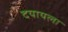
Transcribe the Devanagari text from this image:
दयायला